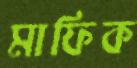
মাফিক